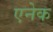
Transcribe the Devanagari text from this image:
एनेक